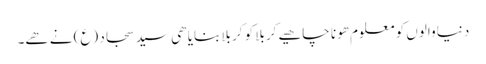
دنیا والوں کو معلوم ھونا چاھیے کربلا کو کربلا بنایا ھی سید سجاد (ع) نے ھے۔